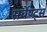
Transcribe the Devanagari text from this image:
सर्वेण्ट्स